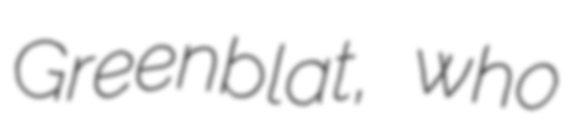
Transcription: Greenblat, who